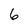
Character: 6